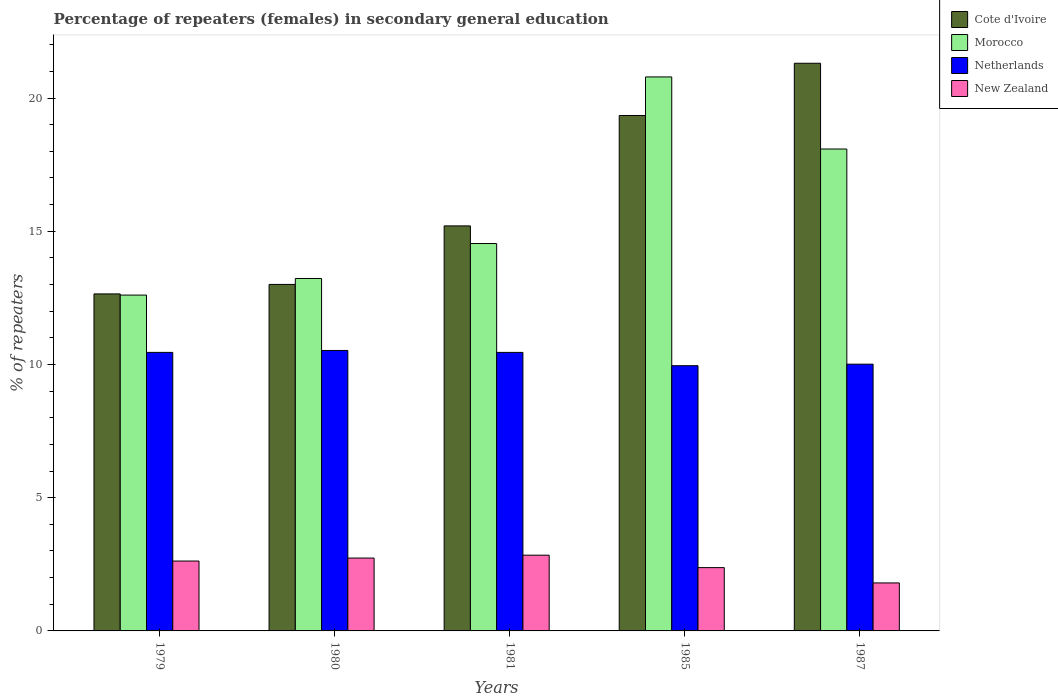
| Years | Cote d'Ivoire | Morocco | Netherlands | New Zealand |
 | --- | --- | --- | --- | --- |
 | 1979 | 12.6 | 12.6 | 10.5 | 2.62 |
 | 1980 | 13 | 13.2 | 10.5 | 2.73 |
 | 1981 | 15.2 | 14.5 | 10.5 | 2.84 |
 | 1985 | 19.3 | 20.8 | 9.95 | 2.38 |
 | 1987 | 21.3 | 18.1 | 10 | 1.8 |